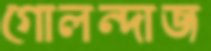
গোলন্দাজ